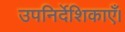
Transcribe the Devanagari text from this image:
उपनिर्देशिकाएँ।